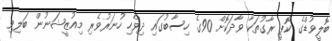
ބޮލީވުޑްގެ ކޮޕީ ރާގުތަކާ ވާދަކޮށް 90ގެ ހިސާބުގައި ދިވެހި ހުނަރުވެރި މިއުޒީޝަނުން ބަލިވި